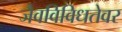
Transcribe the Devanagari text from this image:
जैवविविधतेवर